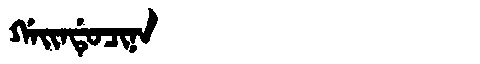
Manchu: ᡤᠠᡳᠨᡩᡠᠴᡳᠨᠠ
Romanization: GAINDUCINA